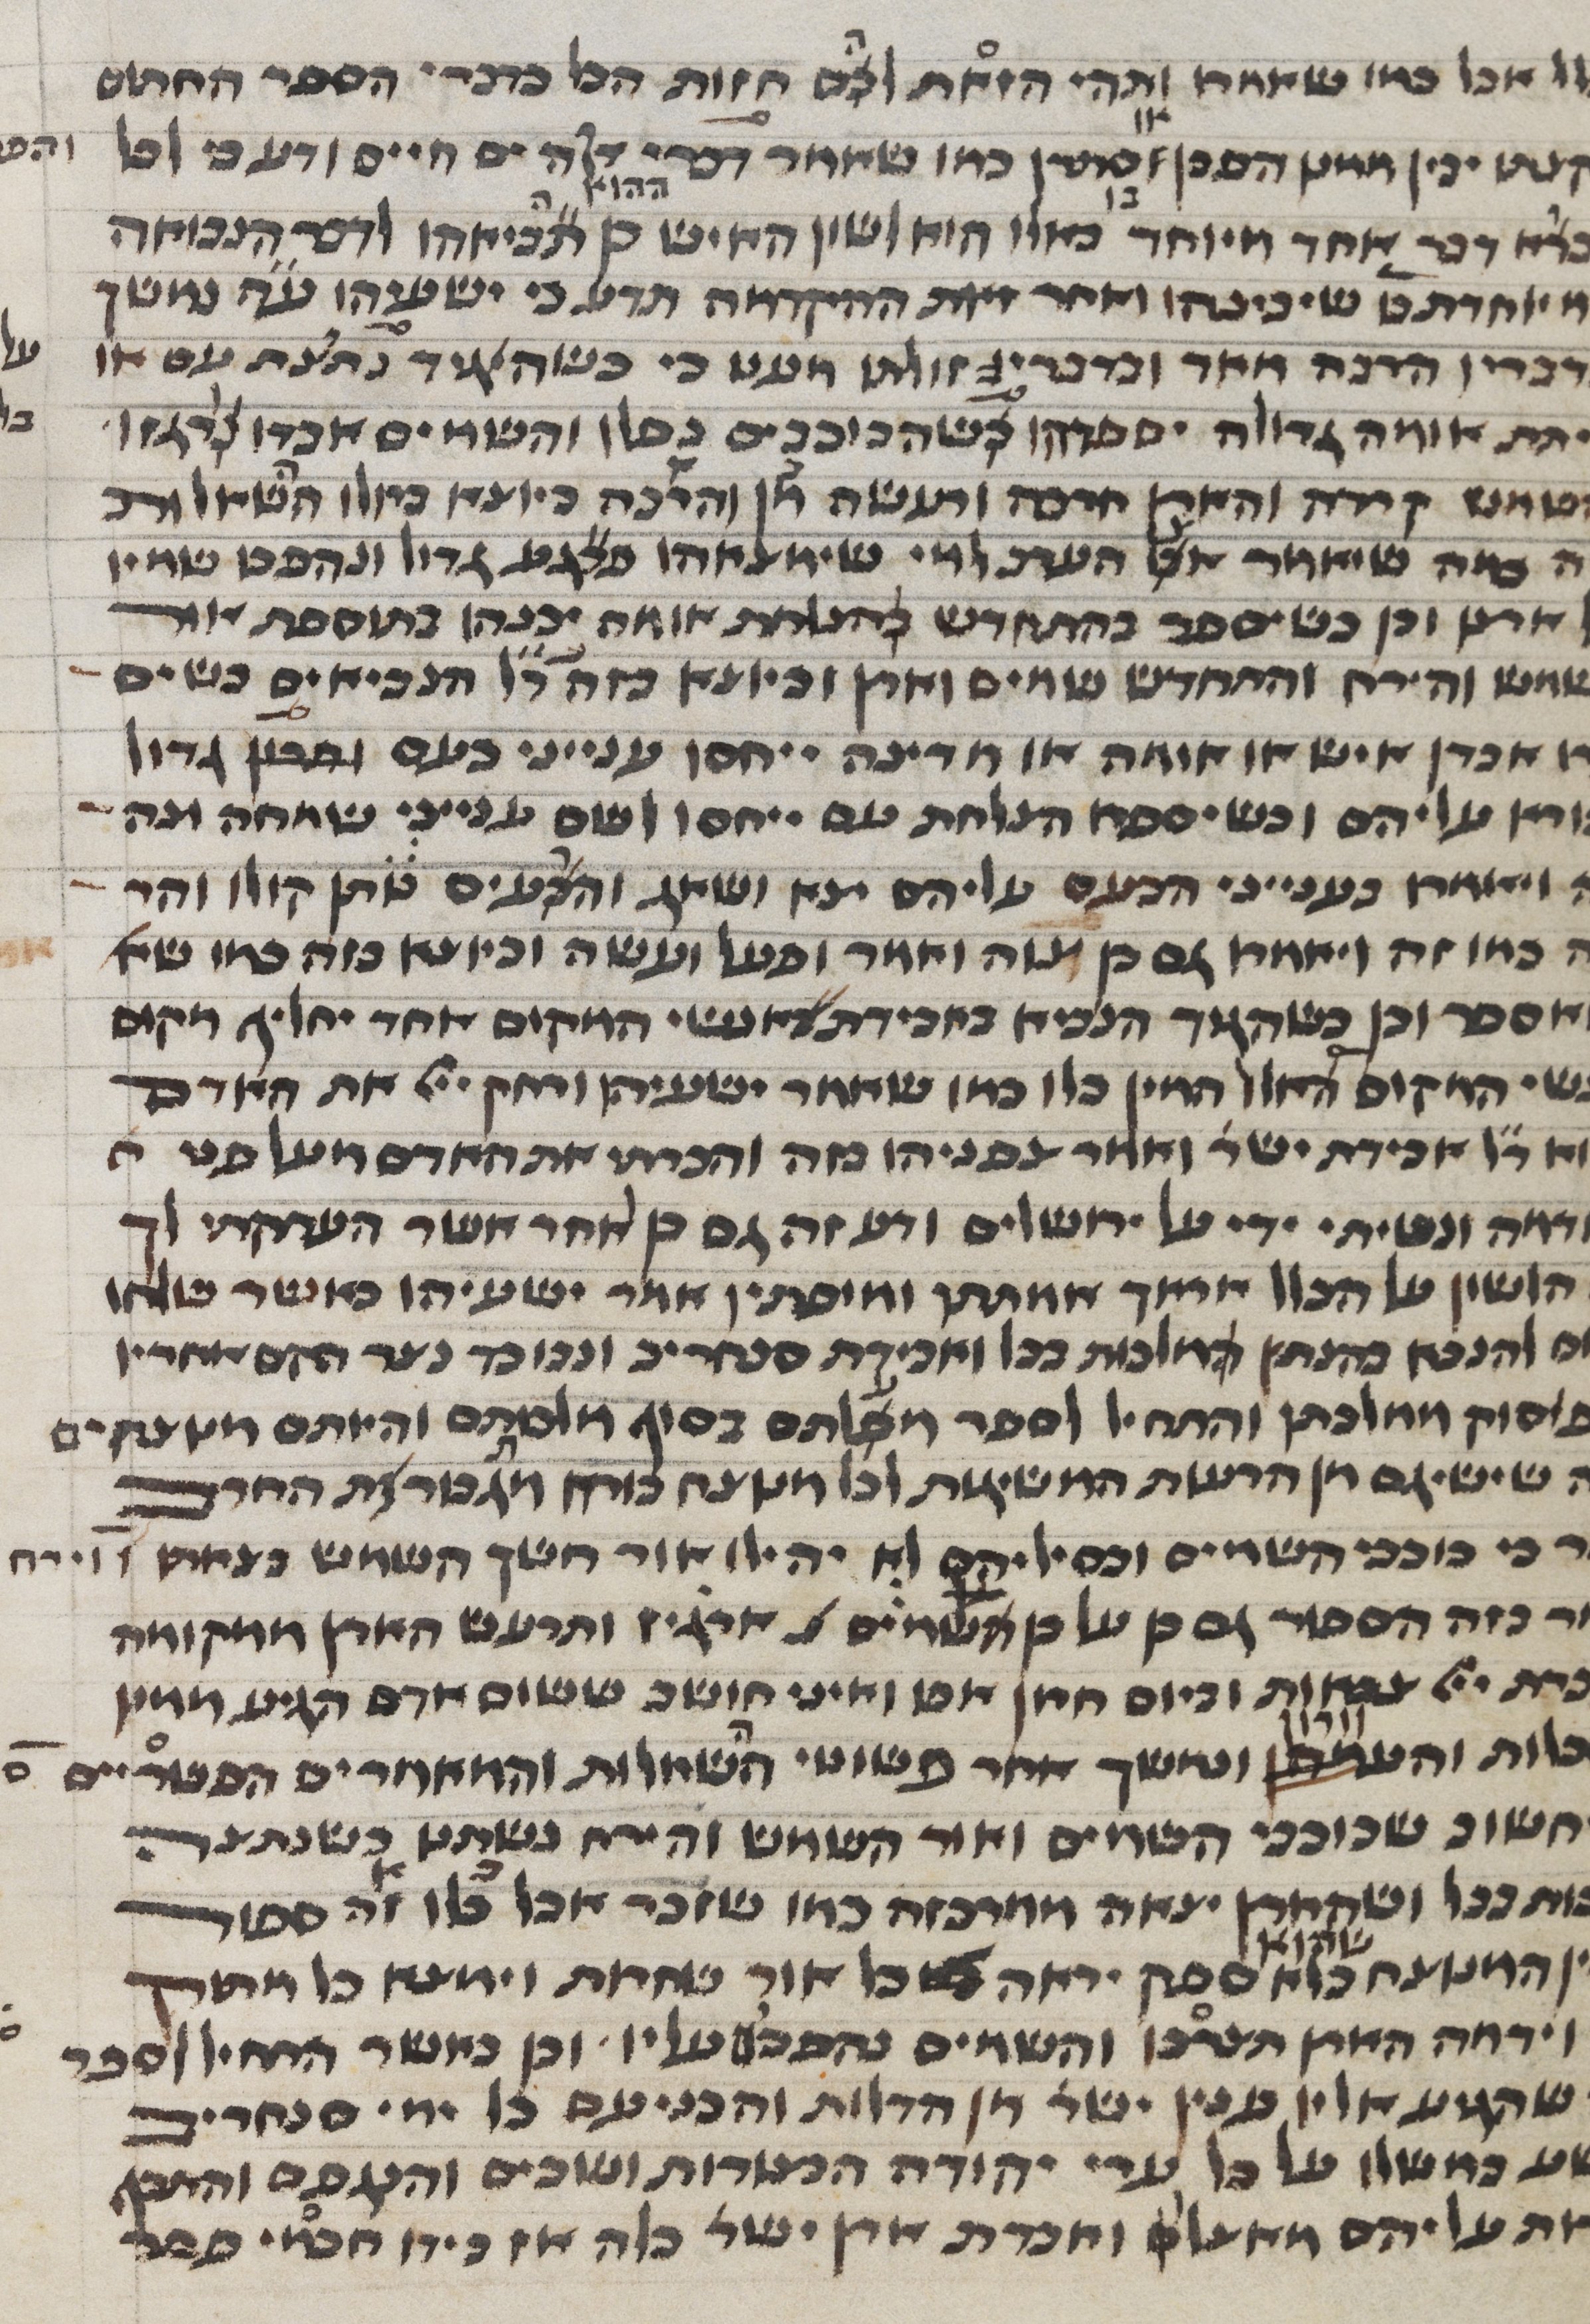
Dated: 1450–1499